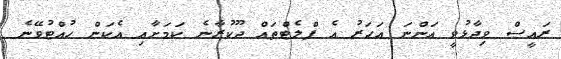
ރައީސް ވިދާޅުވީ އަންނަ އަހަރު އެ ފްލެޓްތައް ދޫކުރާނެ ކަމަށާއި އެކަން ހުއްޓުވޭނެ